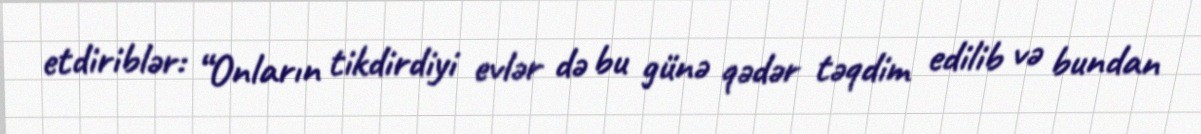
etdiriblər: “Onların tikdirdiyi evlər də bu günə qədər təqdim edilib və bundan